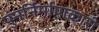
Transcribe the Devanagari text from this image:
पुनर्निर्माणकारी